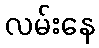
လမ်းနေ